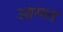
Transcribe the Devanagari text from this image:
आग्स्त